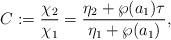
LaTeX: \begin{align*}C:=\frac{\chi_{2}}{\chi_{1}}=\frac{\eta_{2}+\wp(a_{1})\tau}{\eta_{1}+\wp(a_{1})}, \end{align*}